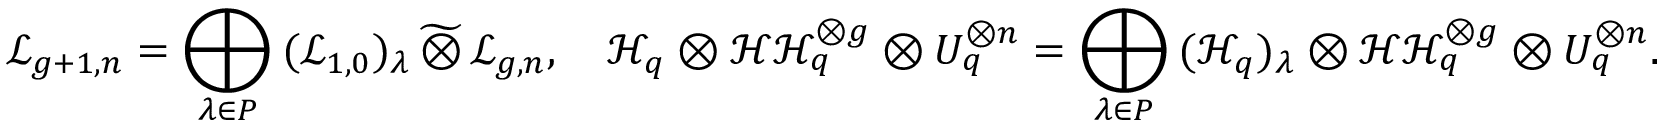
\mathcal { L } _ { g + 1 , n } = \bigoplus _ { \lambda \in P } \, ( \mathcal { L } _ { 1 , 0 } ) _ { \lambda } \, \widetilde { \otimes } \, \mathcal { L } _ { g , n } , \quad \mathcal { H } _ { q } \otimes \mathcal { H H } _ { q } ^ { \otimes g } \otimes U _ { q } ^ { \otimes n } = \bigoplus _ { \lambda \in P } \, ( \mathcal { H } _ { q } ) _ { \lambda } \otimes \mathcal { H H } _ { q } ^ { \otimes g } \otimes U _ { q } ^ { \otimes n } .